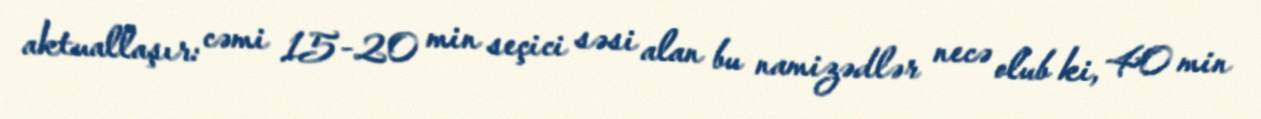
aktuallaşır: cəmi 15-20 min seçici səsi alan bu namizədlər necə olub ki, 40 min